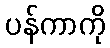
ပန်ကာကို